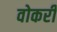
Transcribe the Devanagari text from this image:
वोकरी